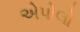
એપોલો